Annual report of the Imperial Bacteriologist
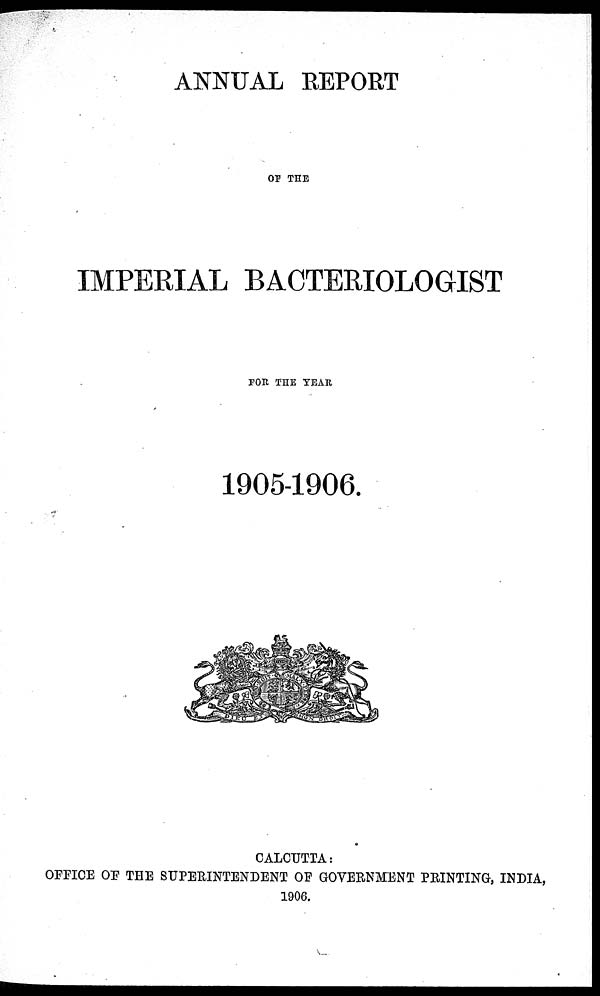
ANNUAL REPORT
OF THE
IMPERIAL BACTERIOLOGIST
FOR THE YEAR
1905-1906.
CALCUTTA:
OFFICE OF THE SUPERINTENDENT OF GOVERNMENT PRINTING, INDIA,
1906.